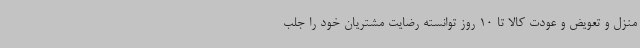
منزل و تعویض و عودت کالا تا 10 روز توانسته رضایت مشتریان خود را جلب